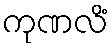
ကုဏလိံ